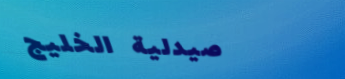
صيدلية الخليج